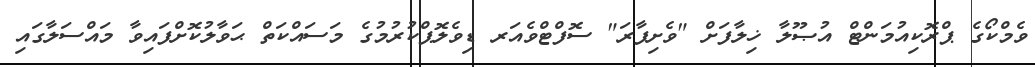
ވެމްކޯގެ ޕްރޮކިއުމަންޓް އުޞޫލާ ޚިލާފަށް "ވެށިފާރަ" ސޮފްޓްވެއަރ ޑިވެލޮޕްކުރުމުގެ މަސައްކަތް ޙަވާލުކޮށްފައިވާ މައްސަލާގައި